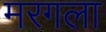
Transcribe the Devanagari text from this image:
मरगला